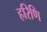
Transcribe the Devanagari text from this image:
हरिणि